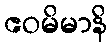
ဧဝမိမာနိ